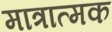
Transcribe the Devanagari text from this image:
मात्रात्‍मक